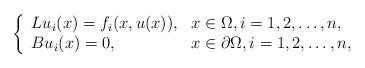
LaTeX: \begin{align*} \left\{\begin{array}{ll} Lu_i(x)= f_i(x,u(x)), & x\in \Omega,i=1,2,\ldots,n, \\ Bu_i(x)=0, & x\in \partial \Omega,i=1,2,\ldots,n,\end{array}\right.\end{align*}